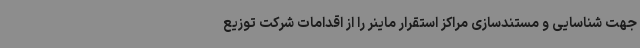
جهت شناسایی و مستندسازی مراکز استقرار ماینر را از اقدامات شرکت توزیع